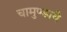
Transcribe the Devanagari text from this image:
चामुण्डायै